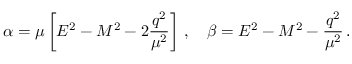
\alpha = \mu \left[ E ^ { 2 } - M ^ { 2 } - 2 \frac { q ^ { 2 } } { \mu ^ { 2 } } \right] \, , \quad \beta = E ^ { 2 } - M ^ { 2 } - \frac { q ^ { 2 } } { \mu ^ { 2 } } \, .